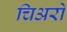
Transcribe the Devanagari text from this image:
चिअरो